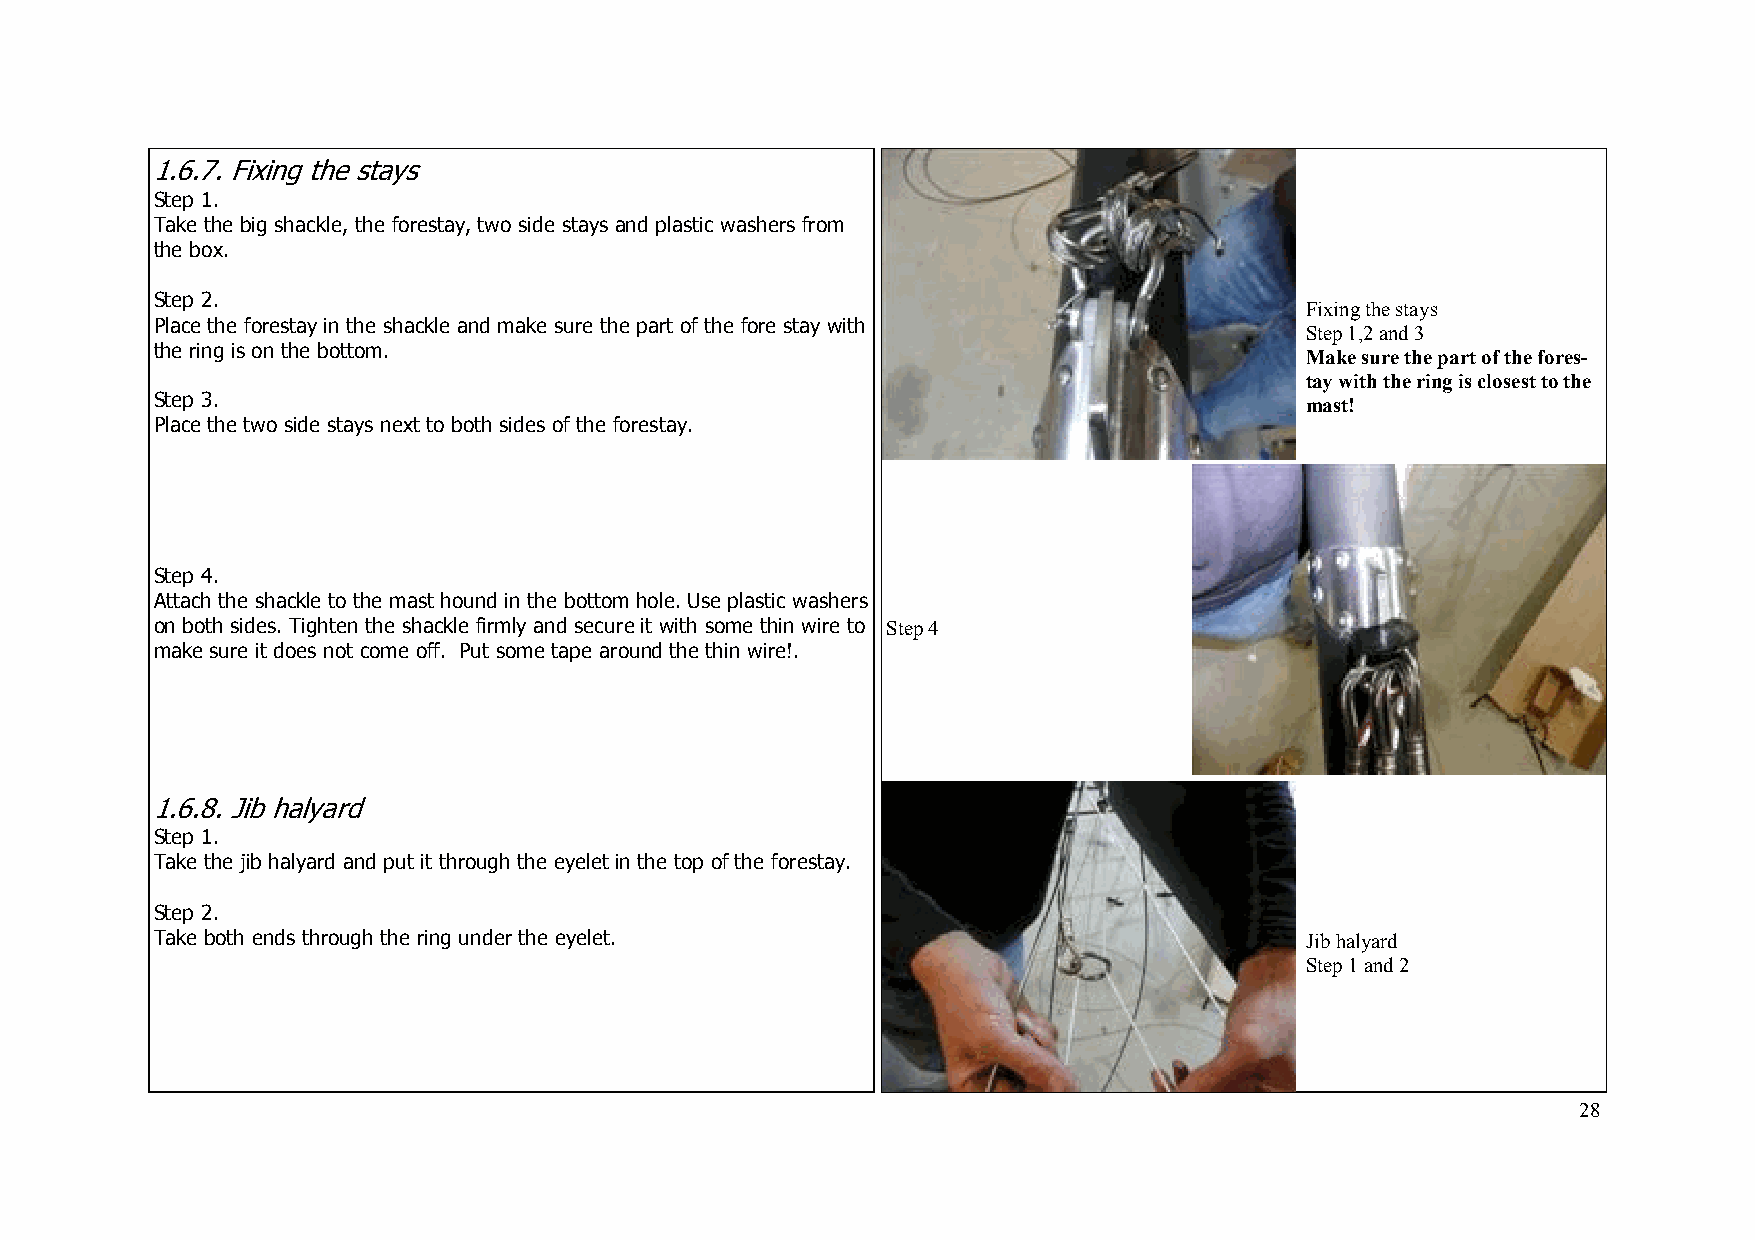
1 .6.7. Fixing the stays
 Step 1.
 Take the big shackle, the forestay, two side stays and plastic washers from
 the box.
 Step 2.
 Fixing the stays
 Place the forestay in the shackle and make sure the part of the fore stay with
 Step 1,2 and 3
 the ring is on the bottom.
 Make sure the part of the fores-
 tay with the ring is closest to the
 Step 3.                                                                     mast!
 Place the two side stays next to both sides of the forestay.
 Step 4.
 Attach the shackle to the mast hound in the bottom hole. Use plastic washers
 on both sides. Tighten the shackle firmly and secure it with some thin wire to Step 4
 make sure it does not come off. Put some tape around the thin wire!.
 1.6.8. Jib halyard
 Step 1.
 Take the jib halyard and put it through the eyelet in the top of the forestay.
 Step 2.
 Take both ends through the ring under the eyelet.                           Jib halyard
 Step 1 and 2
 28